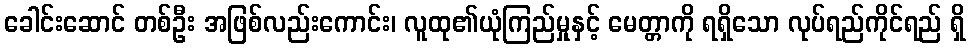
ခေါင်းဆောင် တစ်ဦး အဖြစ်လည်းကောင်း၊ လူထု၏ယုံကြည်မှုနှင့် မေတ္တာကို ရရှိသော လုပ်ရည်ကိုင်ရည် ရှိ